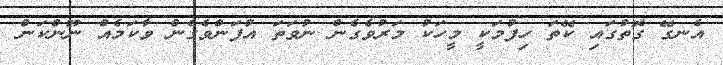
އެނގޭ ގޮތުގައި ކޭތަ ހިފުމަކީ މީހަކު މަރުވެގެން ނުވަތަ އުފަންވެގެން ވާކަމެއް ނޫންކަން